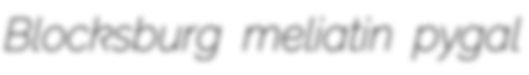
Blocksburg meliatin pygal